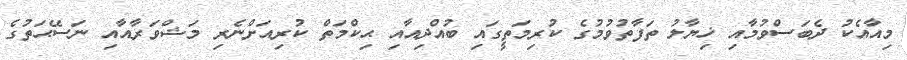
މިއާއެކު ދެބަސްވުމާއި ޚިޔާލު ތަފާތުވުމުގެ ކުރިމަތީގައި ބުއްދިއާއި ޙިކްމަތް ކުރިއަށްނެރި މަޝްވަރާއާއި ނަސޭޙަތުގެ